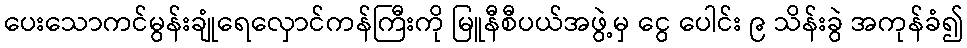
ပေးသောကင်မွန်းချုံရေလှောင်ကန်ကြီးကို မြူနီစီပယ်အဖွဲ့မှ ငွေ ပေါင်း ၉ သိန်းခွဲ အကုန်ခံ၍